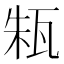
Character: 㼡